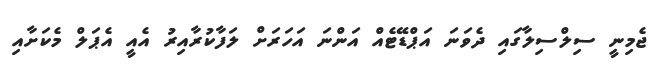
ޖެމިނީ ސިލްސިލާގައި ދެވަނަ އަޕްޑޭޓެއް އަންނަ އަހަރަށް ލަފާކުރާއިރު އެއީ އެޕަލް މެކަށާއި